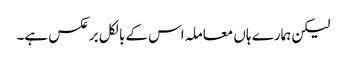
لیکن ہمارے ہاں معاملہ اس کے بالکل برعکس ہے۔